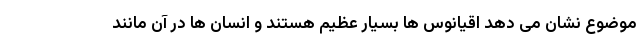
موضوع نشان می دهد اقیانوس ها بسیار عظیم هستند و انسان ها در آن مانند